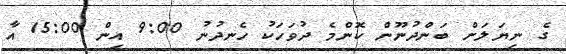
ގެ ނިޔަލަށް ބަންދުނޫން ކޮންމެ ދުވަހަކު ހެނދުނު 9:00 އިން 15:00 އާ